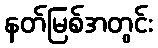
နတ်မြစ်အတွင်း